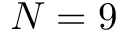
N = 9